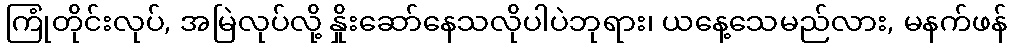
ကြုံတိုင်းလုပ်, အမြဲလုပ်လို့ နှိုးဆော်နေသလိုပါပဲဘုရား၊ ယနေ့သေမည်လား, မနက်ဖန်